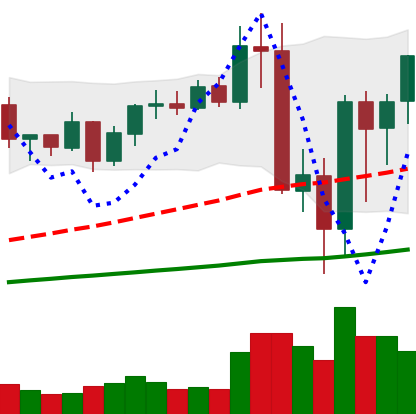
Ticker: BNB-USD
Chart end date: 2020-09-09
Forward return: 27.103%
Label: up_7plus